King Institute of Preventive Medicine Micro-Biological Section reports 1912-19
Year: 1912
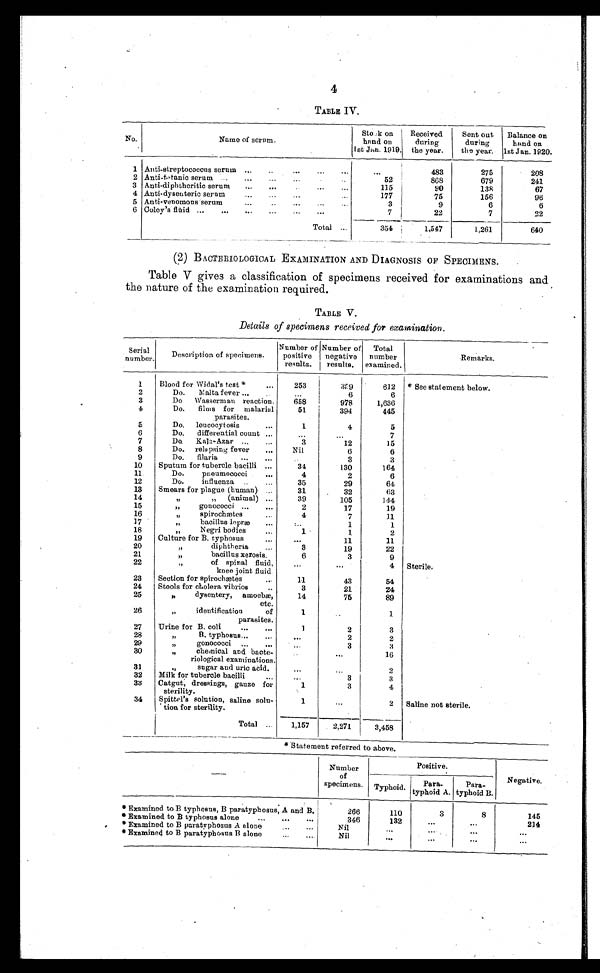
4
TABLE IV.
No.
Name of serum.
Stock on
hand on
1st Jan. 1919.
Received
during
the year.
Sent out
during
the year.
Balance on
hand on
1st Jan. 1920.
1 Anti-streptococcus serum . . .
. . .
483
275
208
2 Anti-tetanic serum . . .
52
868
679
241
3 Anti-diphtheritic serum . . .
115
90
138
67
4 Anti-dysenteric serum . . .
177
75
156
96
5 Anti-venomous serum . . .
3
9
6
6
6 Coley's flūid . . .
7
22
7
22
Total . . .
3 5 4
1 , 5 4 7
1,261
640
(2) BACTERIOLOGICAL EXAMINATION AND DIAGNOSIS OF SPECIMENS.
Table V gives a classification of specimens received for examinations and
the nature of the examination required.
TABLE V.
Details of specimens received for examination.
Serial
number.
Description of specimens.
Number of
positive
results.
Number of
negative
results.
Total
number
examined.
Remarks.
1
Blood for Widal's test* . . .
253
359
612 * See statement below.
2
Do. Malta fever . . .
. . .
6
6
3
Do Wasserman reaction.
658
978
1,636
4
Do. films for malarial
parasites.
51
394
445
5
Do. leucocytosis . . .
1
4
5
6
Do. differential count . . .
. . .
. . .
7
7
Do. Kala-Azar . . .
3
12
15
8
Do. relapsing fever . . .
N i l
6
6
9
Do. filaria . . .
. . .
3
3
10
Sputum for tubercle bacilli . . .
34
130
164
11
Do. pneumococci . . .
4
2
6
12
Do. influenza . . .
35
29
64
13
Smears for plague (human) . . .
31
32
63
14
" " (animal) . . .
39
105
144
15
" gonococci . . .
2
17
19
16
" spirochætes . . .
4
7
11
17
" bacillus lepræ . . .
. . .
1
1
18
" Negri bodies . . .
1
1
2
19
Culture for B. typhosus . . .
. . .
11
11
20
" diphtheria . . .
3
19
22
21
" bacillus xerosis.
6
3
9
22
" o f s p i n a l f l u i d ,
knee joint fluid.
. . .
. . .
4 Sterile.
23
Section for spirochætes . . .
11
43
54
24
Stools for cholera vibrios . . .
3
21
24
25
" dysentery, amoebæ,
etc.
14
75
89
26
" identification
of
parasites.
1
. . .
1
27
Urine for B. coli . . .
1
2
3
" B. typhosus . . .
28
. . .
2
2
29
" gonococci . . .
. . .
3
3
30
" chemical and bacte
-riological examinations.
. . .
. . .
16
31
" sugar and uric acid.
. . .
. . .
2
32
Milk for tubercle bacilli . . .
. . .
3
3
33
Catgut, dressings, gauze for
sterility.
1
3
4
34
Spittel's solution, saline solu
-tion for sterility.
1
. . .
2 Saline not sterile.
T o t a l . . .
1,157
2,271
3,458
* Statement referred to above.
Number
of
specimens.
Positive.
Negative.
Typhoid.
Para
- t y p h o i d
A .
Para-
typhoid B.
*Examined to B typhosus, B paratyphosus, A and B.
266
110
3
8
145
*Examined to B typhosus alone . . .
346
132
. . .
. . .
214
*Examined to B paratyphosus A alone . . .
Nil
. . .
. . .
. . .
. . .
*Examined to B paratyphosus B alone . . .
Nil
. . .
. . .
. . .
. . .
S